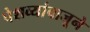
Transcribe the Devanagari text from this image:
पेशव्यांबाजूने